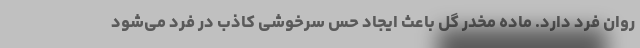
روان فرد دارد. ماده مخدر گل باعث ایجاد حس سرخوشی کاذب در فرد می‌شود